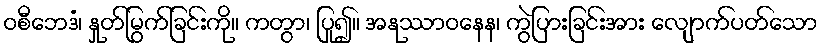
ဝစီဘေဒံ၊ နှုတ်မြွက်ခြင်းကို။ ကတွာ၊ ပြု၍။ အနုဿာဝနေန၊ ကွဲပြားခြင်းအား လျောက်ပတ်သော